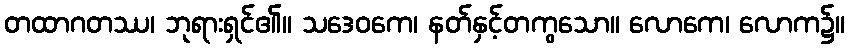
တထာဂတဿ၊ ဘုရားရှင်၏။ သဒေဝကေ၊ နတ်နှင့်တကွသော။ လောကေ၊ လောက၌။